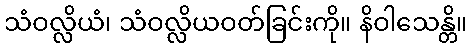
သံဝလ္လိယံ၊ သံဝလ္လိယဝတ်ခြင်းကို။ နိဝါသေန္တိ။